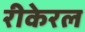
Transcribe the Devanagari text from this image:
रीकेरल